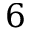
6